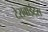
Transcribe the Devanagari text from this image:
टेराबाईट्स